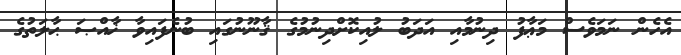
އެހެން ނަމަވެސް މަޢާފު ދިނުމާއި އަދަބު ލުއިކޮށްދިނުމުގެ ޤާނޫނުގައި ބުނެފައިވާ ޚާއްޞަ ޙާލަތުގެ